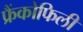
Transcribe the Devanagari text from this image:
फ्रैंकोफिली